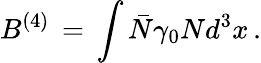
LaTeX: B^{(4)}\, =\, \int\bar{N}\gamma_{0}Nd^{3}x\, .